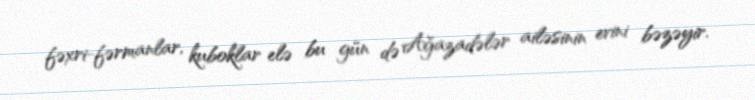
fəxri-fərmanlar, kuboklar elə bu gün də Ağazadələr ailəsinin evini bəzəyir.